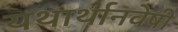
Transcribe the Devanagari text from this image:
यथार्थानवेषी